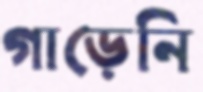
গাড়েনি